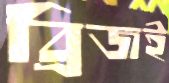
ব্রিজই